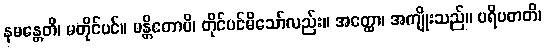
နမန္တေတိ၊ မတိုင်ပင်။ မန္တိတောပိ၊ တိုင်ပင်မိသော်လည်း။ အတ္ထော၊ အကျိုးသည်။ ပရိပတတိ၊